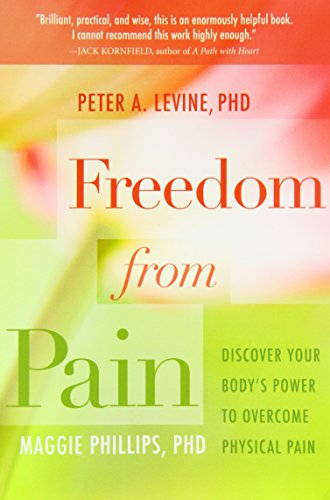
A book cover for Freedom from Pain: Discover Your Body's Power to Overcome Physical Pain; Peter A. Levine; Health, Fitness & Dieting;